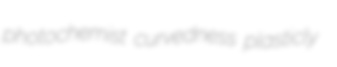
photochemist curvedness plasticly